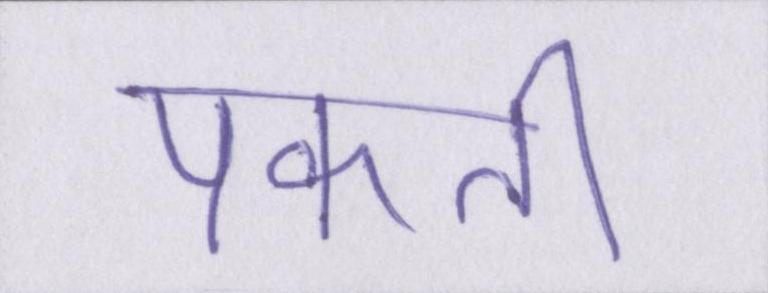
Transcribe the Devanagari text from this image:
पकाती